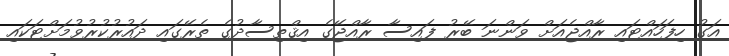
އަގު ހިފަހައްޓައި ރާއްޖެއަށް ވަންނަ ބޭރު ފައިސާ ރާއްޖޭގެ އިޤްތިސާދުގެ ތެރޭގައި ދައުރުކުރުވުމަށްޓަކައި